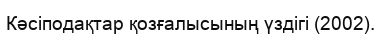
Кәсіподақтар қозғалысының үздігі (2002).